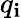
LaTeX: q_{\mathbf{i}}